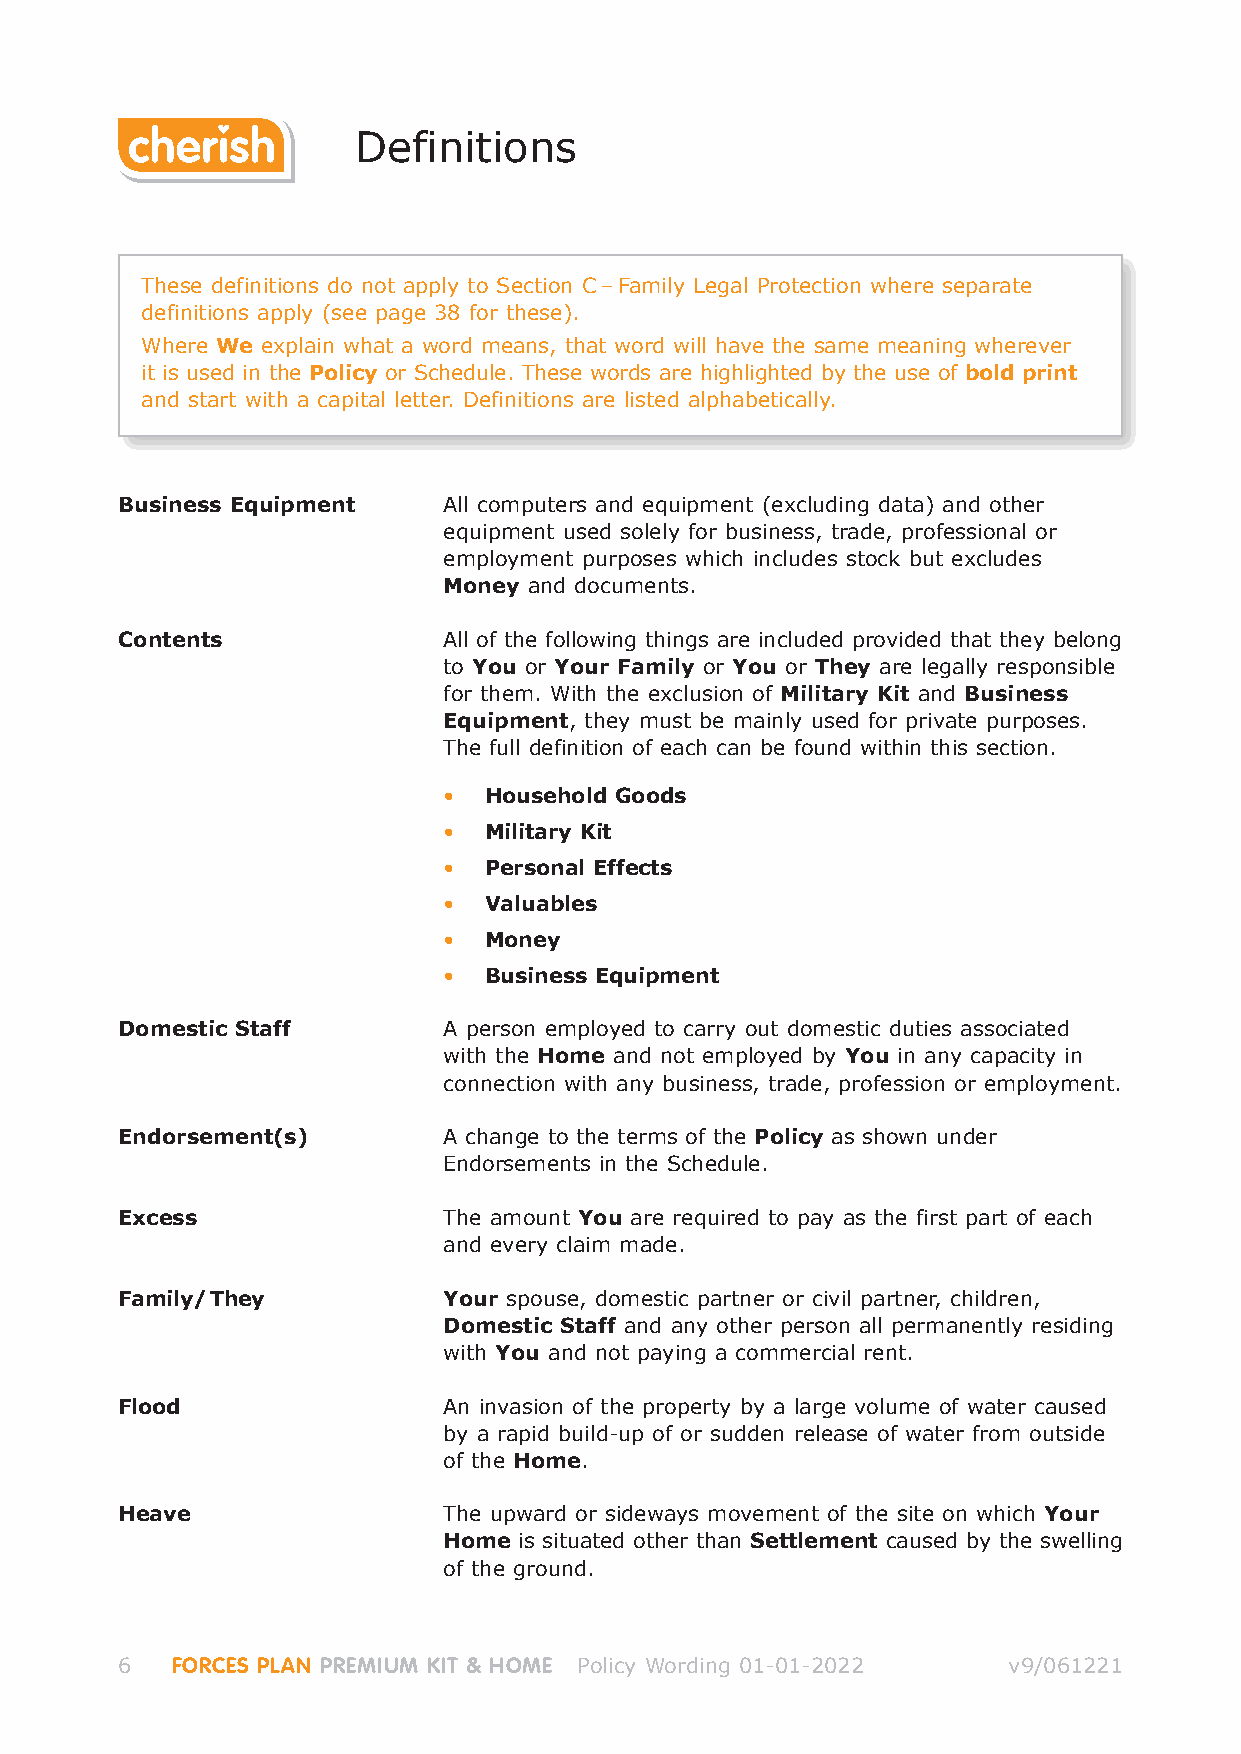
Definitions
 These definitions do not apply to Section C–Family Legal Protection where separate
 definitions apply (see page 38 for these).
 Where We explain what a word means, that word will have the same meaning wherever
 it is used in the Policy or Schedule. These words are highlighted by the use of bold print
 and start with a capital letter. Definitions are listed alphabetically.
 Business Equipment   All computers and equipment (excluding data) and other
 equipment used solely for business, trade, professional or
 employment purposes which includes stock but excludes
 Money and documents.
 Contents             All of the following things are included provided that they belong
 to You or Your Family or You or They are legally responsible
 for them. With the exclusion of Military Kit and Business
 Equipment, they must be mainly used for private purposes.
 The full definition of each can be found within this section.
 •  Household Goods
 •  Military Kit
 •  Personal Effects
 •  Valuables
 •  Money
 •  Business Equipment
 Domestic Staff       A person employed to carry out domestic duties associated
 with the Home and not employed by You in any capacity in
 connection with any business, trade, profession or employment.
 Endorsement(s)       A change to the terms of the Policy as shown under
 Endorsements in the Schedule.
 Excess               The amount You are required to pay as the first part of each
 and every claim made.
 Family/They          Your spouse, domestic partner or civil partner, children,
 Domestic Staff and any other person all permanently residing
 with You and not paying a commercial rent.
 Flood                An invasion of the property by a large volume of water caused
 by a rapid build-up of or sudden release of water from outside
 of the Home.
 Heave                The upward or sideways movement of the site on which Your
 Home is situated other than Settlement caused by the swelling
 of the ground.
 6  FORCES PLAN PREMIUM KIT & HOME Policy Wording 01-01-2022 v9/061221